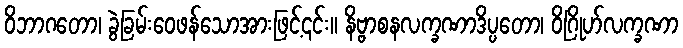
ဝိဘာဂတော၊ ခွဲခြမ်းဝေဖန်သောအားဖြင့်၎င်း။ နိဗ္ဗာစနလက္ခဏာဒိပ္ပတော၊ ဝိဂြိုဟ်လက္ခဏာ